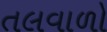
તલવાળો